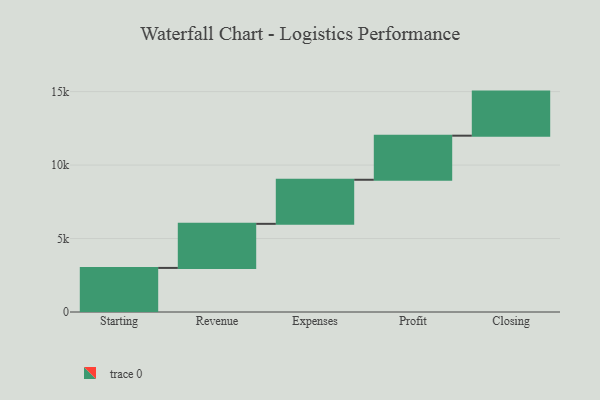
{"axis": {"x": "Step", "y": "Value"}, "legend": [""], "data": [{"x": "Starting", "y": 3000, "type": ""}, {"x": "Revenue", "y": 3000, "type": ""}, {"x": "Expenses", "y": 3000, "type": ""}, {"x": "Profit", "y": 3000, "type": ""}, {"x": "Closing", "y": 3000, "type": ""}]}